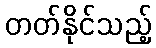
တတ်နိုင်သည့်